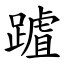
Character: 䠡